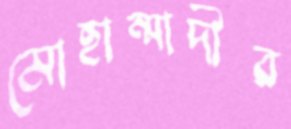
মোহাম্মাদীর